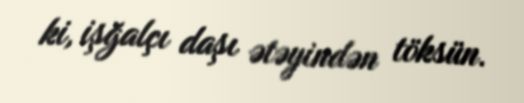
ki, işğalçı daşı ətəyindən töksün.